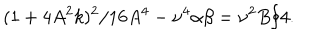
( 1 + 4 A ^ { 2 } k ) ^ { 2 } / 1 6 A ^ { 4 } - \nu ^ { 4 } \alpha \beta = \nu ^ { 2 } B / 4 .